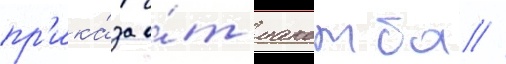
пр'ика́за о́т макомба //